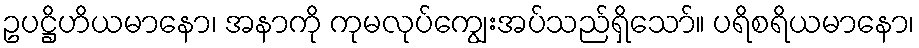
ဥပဋ္ဌိဟိယမာနော၊ အနာကို ကုမလုပ်ကျွေးအပ်သည်ရှိသော်။ ပရိစရိယမာနော၊